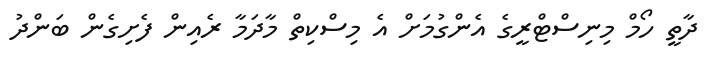
ދާތީ ހޯމް މިނިސްޓްރީގެ އެންގުމަށް އެ މިސްކިތް މާދަމާ ރެއިން ފެށިގެން ބަންދު